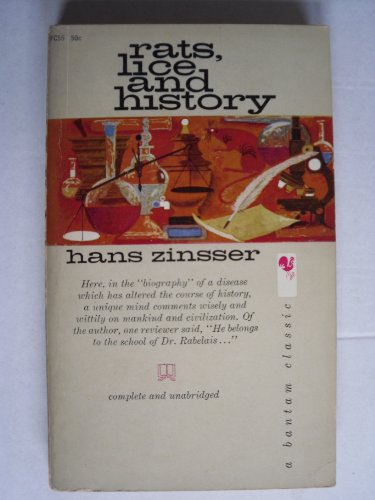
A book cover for Rats, Lice and History; Hans Zinsser; Health, Fitness & Dieting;